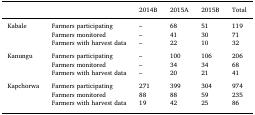
<table><thead><tr><td></td><td></td><td><b>2014B</b></td><td><b>2015A</b></td><td><b>2015B</b></td><td><b>Total</b></td></tr></thead><tbody><tr><td>Kabale</td><td>Farmers participating</td><td>–</td><td>68</td><td>51</td><td>119</td></tr><tr><td></td><td>Farmers monitored</td><td>–</td><td>41</td><td>30</td><td>71</td></tr><tr><td></td><td>Farmers with harvest data</td><td>–</td><td>22</td><td>10</td><td>32</td></tr><tr><td colspan="6">  </td></tr><tr><td>Kanungu</td><td>Farmers participating</td><td>–</td><td>100</td><td>106</td><td>206</td></tr><tr><td></td><td>Farmers monitored</td><td>–</td><td>34</td><td>34</td><td>68</td></tr><tr><td></td><td>Farmers with harvest data</td><td>–</td><td>20</td><td>21</td><td>41</td></tr><tr><td colspan="6">  </td></tr><tr><td>Kapchorwa</td><td>Farmers participating</td><td>271</td><td>399</td><td>304</td><td>974</td></tr><tr><td></td><td>Farmers monitored</td><td>88</td><td>88</td><td>59</td><td>235</td></tr><tr><td></td><td>Farmers with harvest data</td><td>19</td><td>42</td><td>25</td><td>86</td></tr></tbody></table>